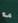
مد